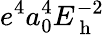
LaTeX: e^{4}a_{0}^{4}E_{\mathrm{~h~}}^{-2}